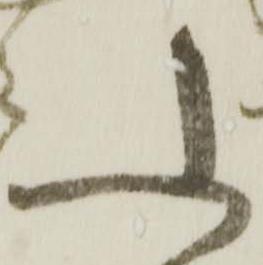
ふ